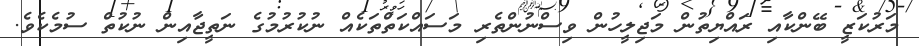
މަރުކަޒީ ބޭންކާއި ރައްޔިތުން މަޖިލީހުން ވިސްނުންތެރި މަސައްކަތްތަކެއް ނުކުރުމުގެ ނަތީޖާއިން ނުކުތް ސުމެކެވެ.